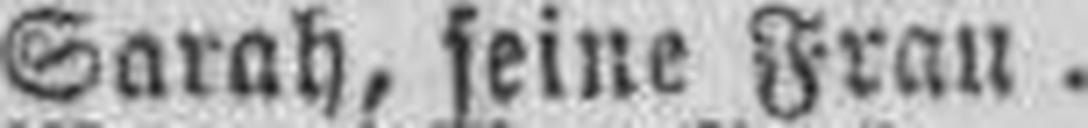
Sarah, seine Frau